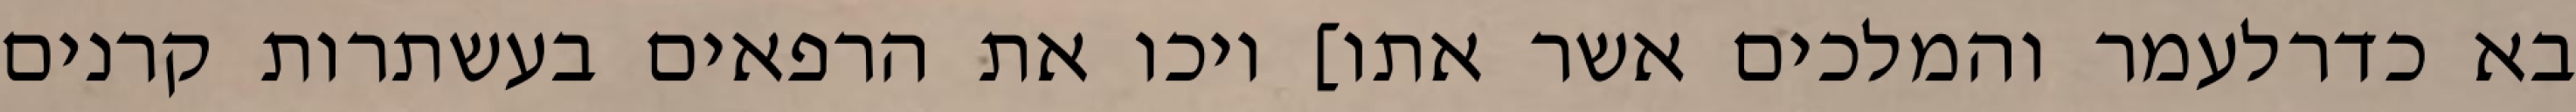
בא כדרלעמר והמלכים אשר אתו] ויכו את הרפאים בעשתרות קרנים